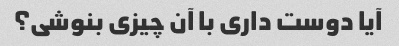
آیا دوست داری با آن چیزی بنوشی؟